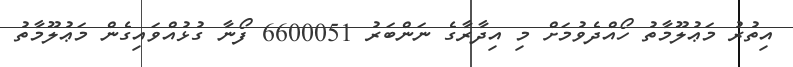
އިތުރު މަޢުލޫމާތު ހޯއްދެވުމަށް މި އިދާރާގެ ނަންބަރު 6600051 ފޯނާ ގުޅުއްވައިގެން މަޢުލޫމާތު